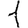
Digit: 1